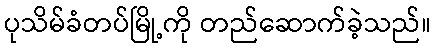
ပုသိမ်ခံတပ်မြို့ကို တည်ဆောက်ခဲ့သည်။